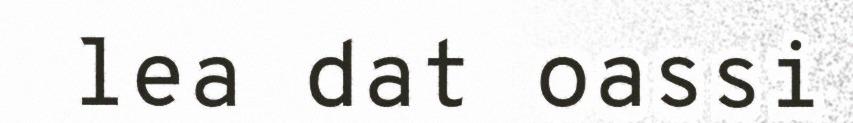
lea dat oassi